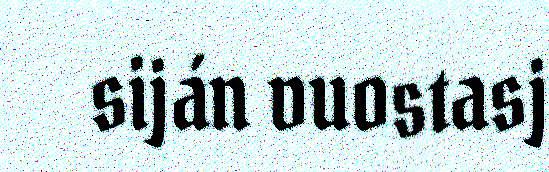
siján vuostasj